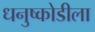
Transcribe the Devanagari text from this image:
धनुष्कोडीला